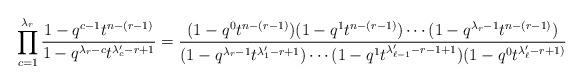
LaTeX: \begin{align*}\prod_{c=1}^{\lambda_r} \frac{1-q^{c-1} t^{n-(r-1)} } {1-q^{\lambda_r-c} t^{\lambda_c'-r+1 } } = \frac{(1-q^0t^{n-(r-1)})(1-q^1t^{n-(r-1)}) \cdots (1-q^{\lambda_r-1}t^{n-(r-1)})}{(1-q^{\lambda_r-1}t^{\lambda_1'-r+1})\cdots (1-q^1t^{\lambda'_{\ell-1}-r-1+1})(1-q^0 t^{\lambda_\ell'-r+1)}}\end{align*}